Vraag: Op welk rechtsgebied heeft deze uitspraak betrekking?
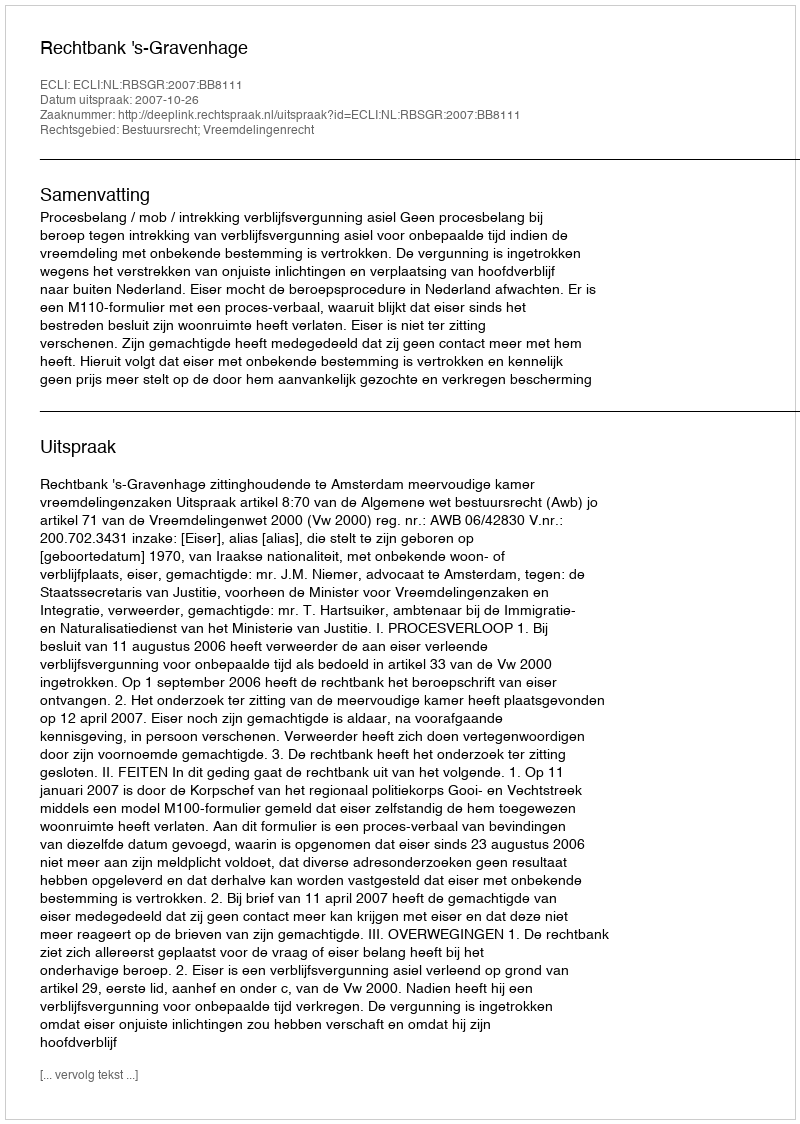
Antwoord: Bestuursrecht; Vreemdelingenrecht